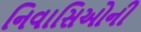
નિવાસિઓની